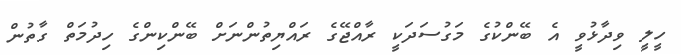
ހީލީ ވިދާޅުވީ އެ ބޭންކުގެ މަގުސަދަކީ ރާއްޖޭގެ ރައްޔިތުންނަށް ބޭންކިންގެ ހިދުމަތް ގާތުން